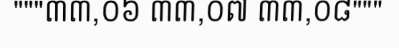
"""៣៣,០៦ ៣៣,០៧ ៣៣,០៨"""